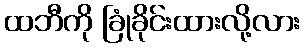
ထဘီကို ခြုံခိုင်းထားလို့လား